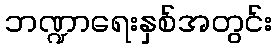
ဘဏ္ဍာရေးနှစ်အတွင်း